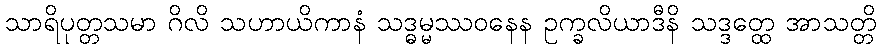
သာရိပုတ္တသမာ ဂိလိ သဟာယိကာနံ သဒ္ဓမ္မဿဝနေန ဥက္ခလိယာဒီနိ သဒ္ဒတ္ထေ အာသတ္တိ